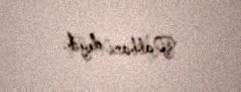
Rabbani deyib.